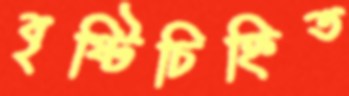
বৃষ্টিচিহ্নিত